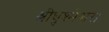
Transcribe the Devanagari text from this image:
श्रीघुश्मेश्वर।